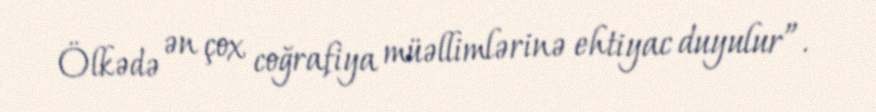
Ölkədə ən çox coğrafiya müəllimlərinə ehtiyac duyulur”.